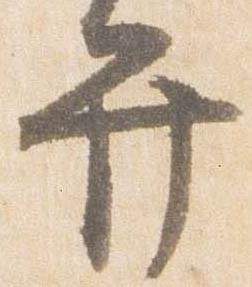
弁